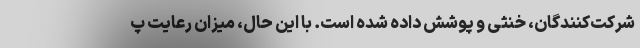
شرکت‌کنندگان، خنثی و پوشش داده شده است. با این حال، میزان رعایت پ